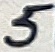
Text: 5